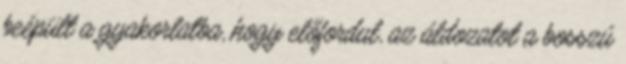
beépült a gyakorlatba, hogy előfordul, az áldozatot a bosszú